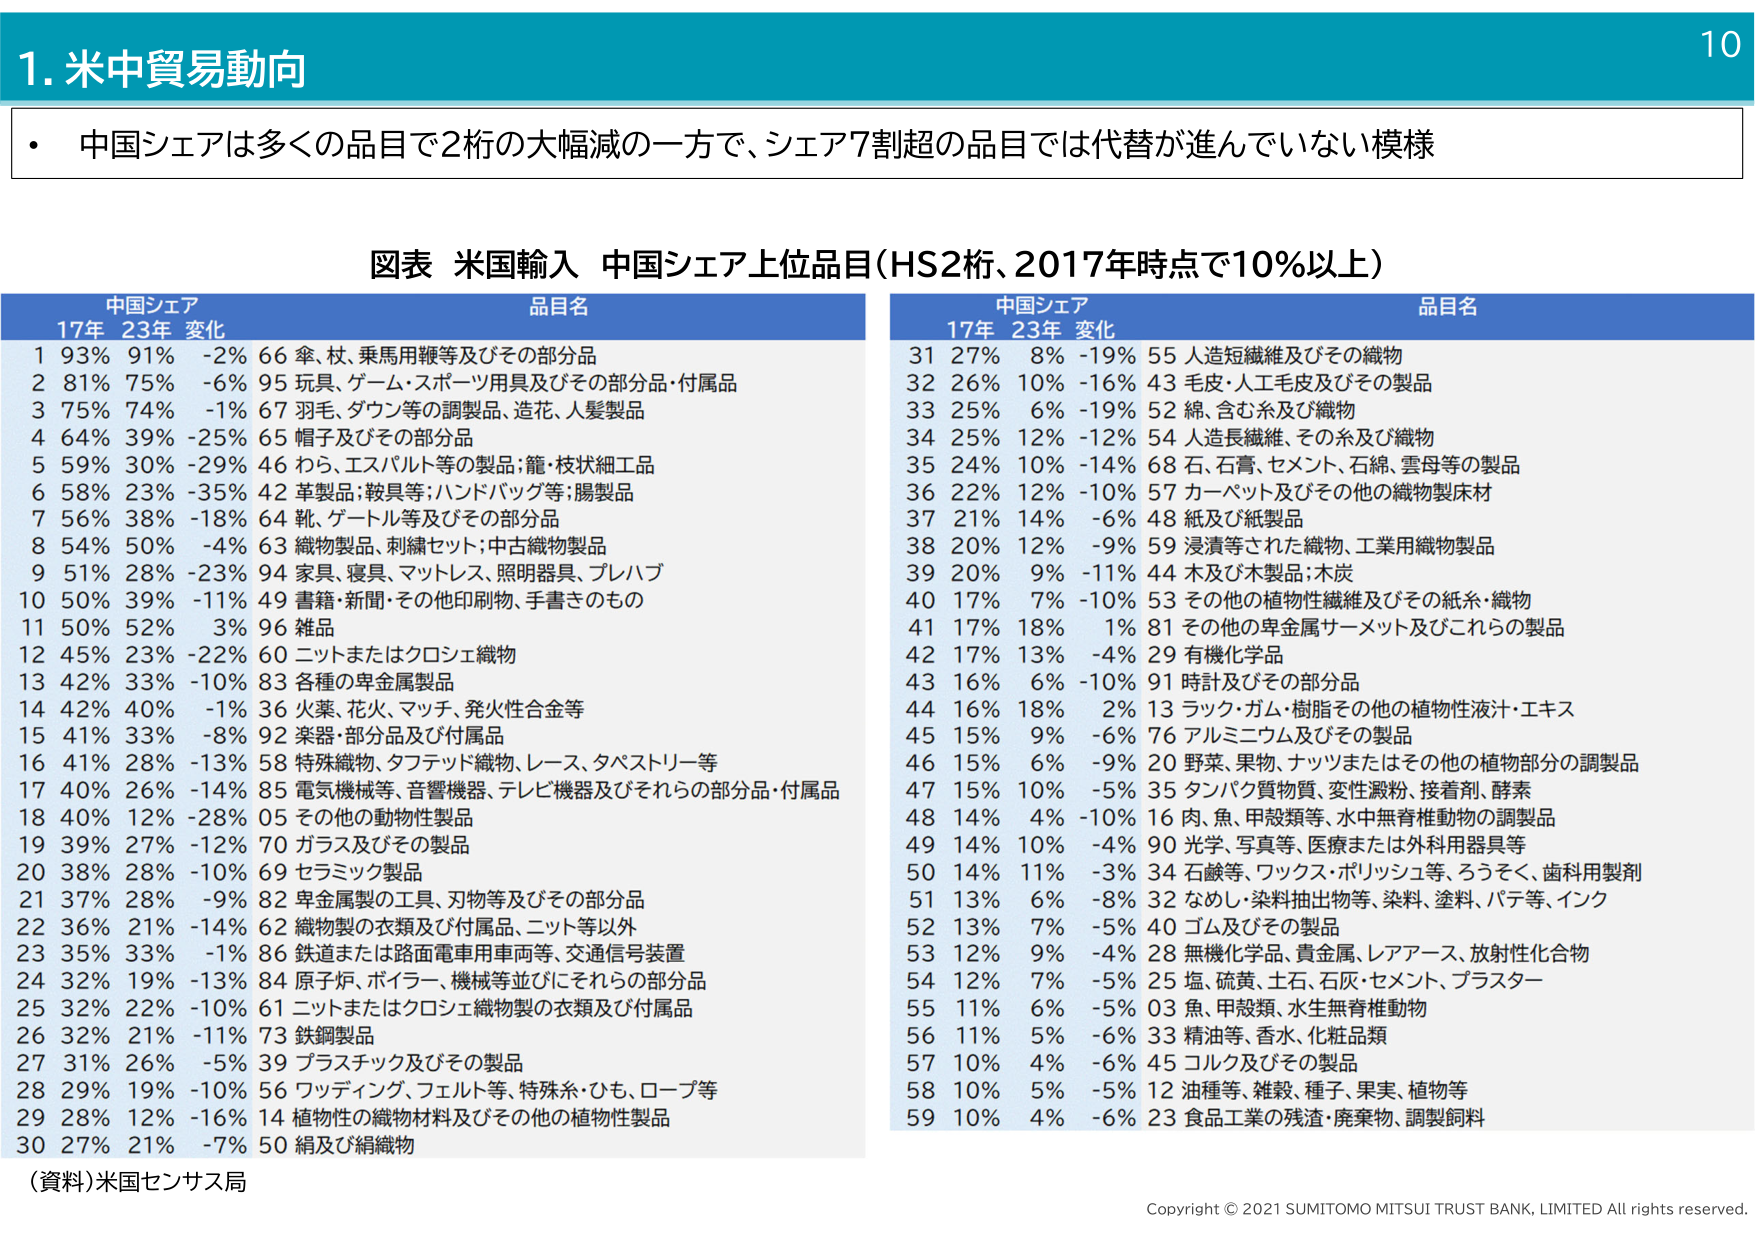
1. 米中貿易動向

・中国シェアは多くの品目で2桁の大幅減の一方で、シェア7割超の品目では代替が進んでいない模様

図表 米国輸入 中国シェア上位品目（HS2桁、2017年時点で10%以上）

中国シェア 品目名
17年 23年 変化
1 93% 91% -2% 66 撥、杖、乗馬用鞭等及びその部分品
2 81% 75% -6% 95 玩具、ゲーム・スポーツ用具及びその部分品・付属品
3 75% 74% -1% 67 羽毛、ダウン等の調製品、造花、人髪製品
4 64% 39% -25% 65 帽子及びその部分品
5 59% 30% -29% 46 わら、エスパルト等の製品；籠・枝状細工品
6 58% 23% -35% 42 革製品；鞍具等；ハンドバッグ等；腸製品
7 56% 38% -18% 64 靴、ゲートル等及びその部分品
8 54% 50% -4% 63 織物製品、刺繍セット；中古織物製品
9 51% 28% -23% 94 家具、寝具、マットレス、照明器具、プレハブ
10 50% 39% -11% 49 書籍・新聞・その他印刷物、手書きのもの
11 50% 52% 3% 96 雑品
12 45% 23% -22% 60 ニットまたはクロシエ織物
13 42% 33% -10% 83 各種の卑金属製品
14 42% 40% -1% 36 火薬、花火、マッチ、発火性合金等
15 41% 33% -8% 92 楽器・部分品及び付属品
16 41% 28% -13% 58 特殊織物、タフティッド織物、レース、タペストリー等
17 40% 26% -14% 85 電気機械等、音響機器、テレビ機器及びそれらの部分品・付属品
18 40% 12% -28% 05 その他の動物性製品
19 39% 27% -12% 70 ガラス及びその製品
20 38% 28% -10% 69 セラミック製品
21 37% 28% -9% 82 卑金属製の工具、刃物等及びその部分品
22 36% 21% -14% 62 織物製の衣類及び付属品、ニット等以外
23 35% 33% -1% 86 鉄道または路面電車用車両等、交通信号装置
24 32% 19% -13% 84 原子炉、ボイラー、機械等並びにそれらの部分品
25 32% 22% -10% 61 ニットまたはクロシエ織物製の衣類及び付属品
26 32% 21% -11% 73 鉄鋼製品
27 31% 26% -5% 39 プラスチック及びその製品
28 29% 19% -10% 56 ワッディング、フェルト等、特殊糸・ひも、ロープ等
29 28% 12% -16% 14 植物性の織物材料及びその他の植物性製品
30 27% 21% -7% 50 絹及び絹織物

中国シェア 品目名
17年 23年 変化
31 27% 8% -19% 55 人造短繊維及びその織物
32 26% 10% -16% 43 毛皮・人工毛皮及びその製品
33 25% 6% -19% 52 綿、含む糸及び織物
34 25% 12% -12% 54 人造長繊維、その糸及び織物
35 24% 10% -14% 68 石、石膏、セメント、石綿、雲母等の製品
36 22% 12% -10% 57 カーペット及びその他の織物製床材
37 21% 14% -6% 48 紙及び紙製品
38 20% 12% -9% 59 浸漬等された織物、工業用織物製品
39 20% 9% -11% 44 木及び木製品；木炭
40 17% 7% -10% 53 その他の植物性繊維及びその紙糸・織物
41 17% 18% 1% 81 その他の卑金属サーメット及びこらの製品
42 17% 13% -4% 29 有機化学品
43 16% 6% -10% 91 時計及びその部分品
44 16% 18% 2% 13 ラック・ガム・樹脂その他の植物性液汁・エキス
45 15% 9% -6% 76 アルミニウム及びその製品
46 15% 6% -9% 20 野菜、果物、ナッツまたはその他の植物部分の調製品
47 15% 10% -5% 35 タンパク質物質、変性澱粉、接着剤、酵素
48 14% 4% -10% 16 肉、魚、甲殻類等、水中無脊椎動物の調製品
49 14% 10% -4% 90 光学、写真等、医療または外科用器具等
50 14% 11% -3% 34 石鹸等、ワックス・ポリッシュ等、ろうそく、歯科用製剤
51 13% 6% -8% 32 なめし・染料抽出物等、染料、塗料、バテ等、インク
52 13% 7% -5% 40 ゴム及びその製品
53 12% 9% -4% 28 無機化学品、貴金属、レアアース、放射性化合物
54 12% 7% -5% 25 塩、硫黄、土石、石灰・セメント、プラスター
55 11% 6% -5% 03 魚、甲殻類、水生無脊椎動物
56 11% 5% -6% 33 精油等、香水、化粧品類
57 10% 4% -6% 45 コルク及びその製品
58 10% 5% -5% 12 油種等、雑穀、種子、果実、植物等
59 10% 4% -6% 23 食品工業の残渣・廃棄物、調製飼料

（資料）米国センサス局

Copyright © 2021 SUMITOMO MITSUI TRUST BANK, LIMITED All rights reserved.

10